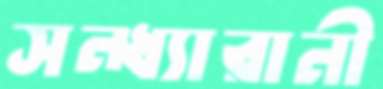
সন্ধ্যারানী